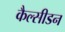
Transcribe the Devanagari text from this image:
कैल्सीडन